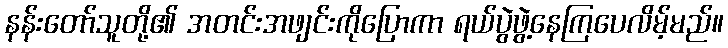
နန်းတော်သူတို့၏ အတင်းအဖျင်းကိုပြောကာ ရယ်ပွဲဖွဲ့နေကြပေလိမ့်မည်။